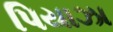
પિયાઝા